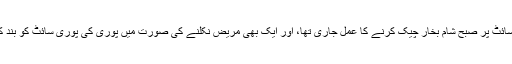
تعمیراتی سائٹ پر صبح شام بخار چیک کرنے کا عمل جاری تھا، اور ایک بھی مریض نکلنے کی صورت میں پوری کی پوری سائٹ کو بند کردیا جاتا۔